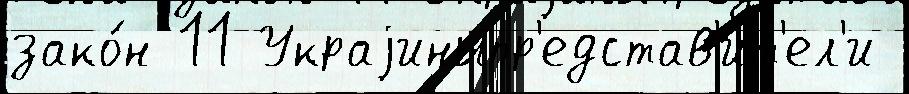
зако́н 11 Украjиныпр'едстав'ит'ел'и